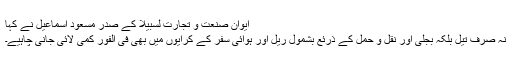
ایوان صنعت و تجارت لسبیلا کے صدر مسعود اسماعیل نے کہا
نہ صرف تیل بلکہ بجلی اور نقل و حمل کے ذرئع بشمول ریل اور ہوائی سفر کے کرایوں میں بھی فی الفور کمی لائی جانی چاہیے۔